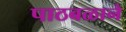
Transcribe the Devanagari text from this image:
पाठबळाने